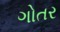
ગોતર